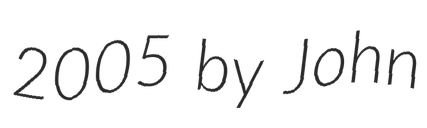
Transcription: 2005 by John